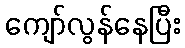
ကျော်လွန်နေပြီး